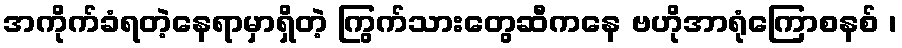
အကိုက်ခံရတဲ့နေရာမှာရှိတဲ့ ကြွက်သားတွေဆီကနေ ဗဟိုအာရုံကြောစနစ် ၊